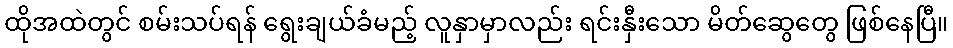
ထိုအထဲတွင် စမ်းသပ်ရန် ရွေးချယ်ခံမည့် လူနှာမှာလည်း ရင်းနှီးသော မိတ်ဆွေတွေ ဖြစ်နေပြီ။